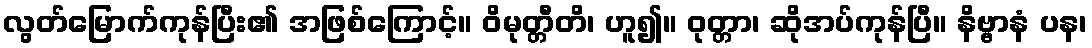
လွတ်မြောက်ကုန်ပြီး၏ အဖြစ်ကြောင့်။ ဝိမုတ္တီတိ၊ ဟူ၍။ ဝုတ္တာ၊ ဆိုအပ်ကုန်ပြီ။ နိဗ္ဗာနံ ပန၊